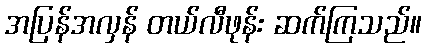
အပြန်အလှန် တယ်လီဖုန်း ဆက်ကြသည်။